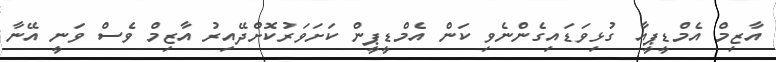
އާޒިމް އެމްޑީޕީއާ ގުޅިވަޑައިގެންނެވި ކަން އެމްޑީޕީން ކަށަވަރުކޮށްދޭއިރު އާޒިމް ވެސް ވަނީ އޭނާ